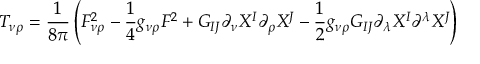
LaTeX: T _ { \nu \rho } = \frac { 1 } { 8 \pi } \left( F _ { \nu \rho } ^ { 2 } - \frac 1 4 g _ { \nu \rho } F ^ { 2 } + G _ { I J } \partial _ { \nu } X ^ { I } \partial _ { \rho } X ^ { J } - \frac 1 2 g _ { \nu \rho } G _ { I J } \partial _ { \lambda } X ^ { I } \partial ^ { \lambda } X ^ { J } \right)